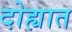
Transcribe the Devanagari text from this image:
दोह्यात